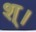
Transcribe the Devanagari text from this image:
श्।